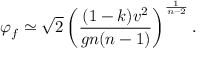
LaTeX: \varphi _ { f } \simeq \sqrt { 2 } \left( \frac { ( 1 - k ) v ^ { 2 } } { g n ( n - 1 ) } \right) ^ { \frac { 1 } { n - 2 } } .